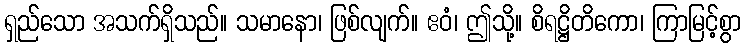
ရှည်သော အသက်ရှိသည်။ သမာနော၊ ဖြစ်လျက်။ ဧဝံ၊ ဤသို့။ စိရဋ္ဌိတိကော၊ ကြာမြင့်စွာ